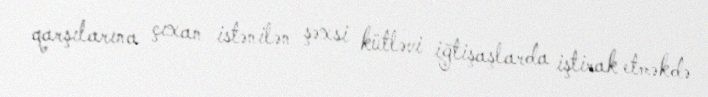
qarşılarına çıxan istənilən şəxsi kütləvi iğtişaşlarda iştirak etməkdə